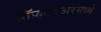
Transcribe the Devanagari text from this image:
सॉफ़्टवेअरमध्ये